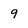
Character: 9